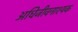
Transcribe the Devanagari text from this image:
अधिजीवनाश्यक